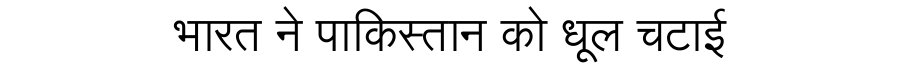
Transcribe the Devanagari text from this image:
भारत ने पाकिस्तान को धूल चटाई